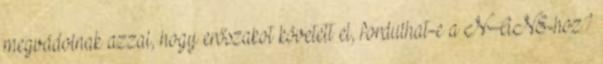
megvádolnak azzal, hogy erőszakot követett el, fordulhat-e a NANE-hoz?